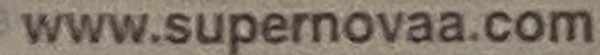
www.supernovaa.com